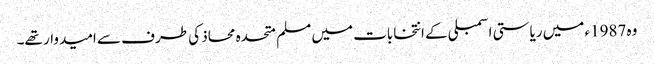
وہ 1987ء میں ریاستی اسمبلی کے انتخابات میں مسلم متحدہ محاذ کی طرف سے امیدوار تھے۔